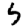
Digit: 5